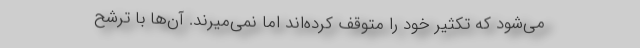
می‌شود که تکثیر خود را متوقف کرده‌اند اما نمی‌میرند. آن‌ها با ترشح